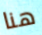
هنا